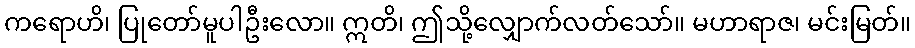
ကရောဟိ၊ ပြုတော်မူပါဦးလော။ ဣတိ၊ ဤသို့လျှောက်လတ်သော်။ မဟာရာဇ၊ မင်းမြတ်။